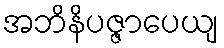
အဘိနိပဇ္ဇာပေယျ